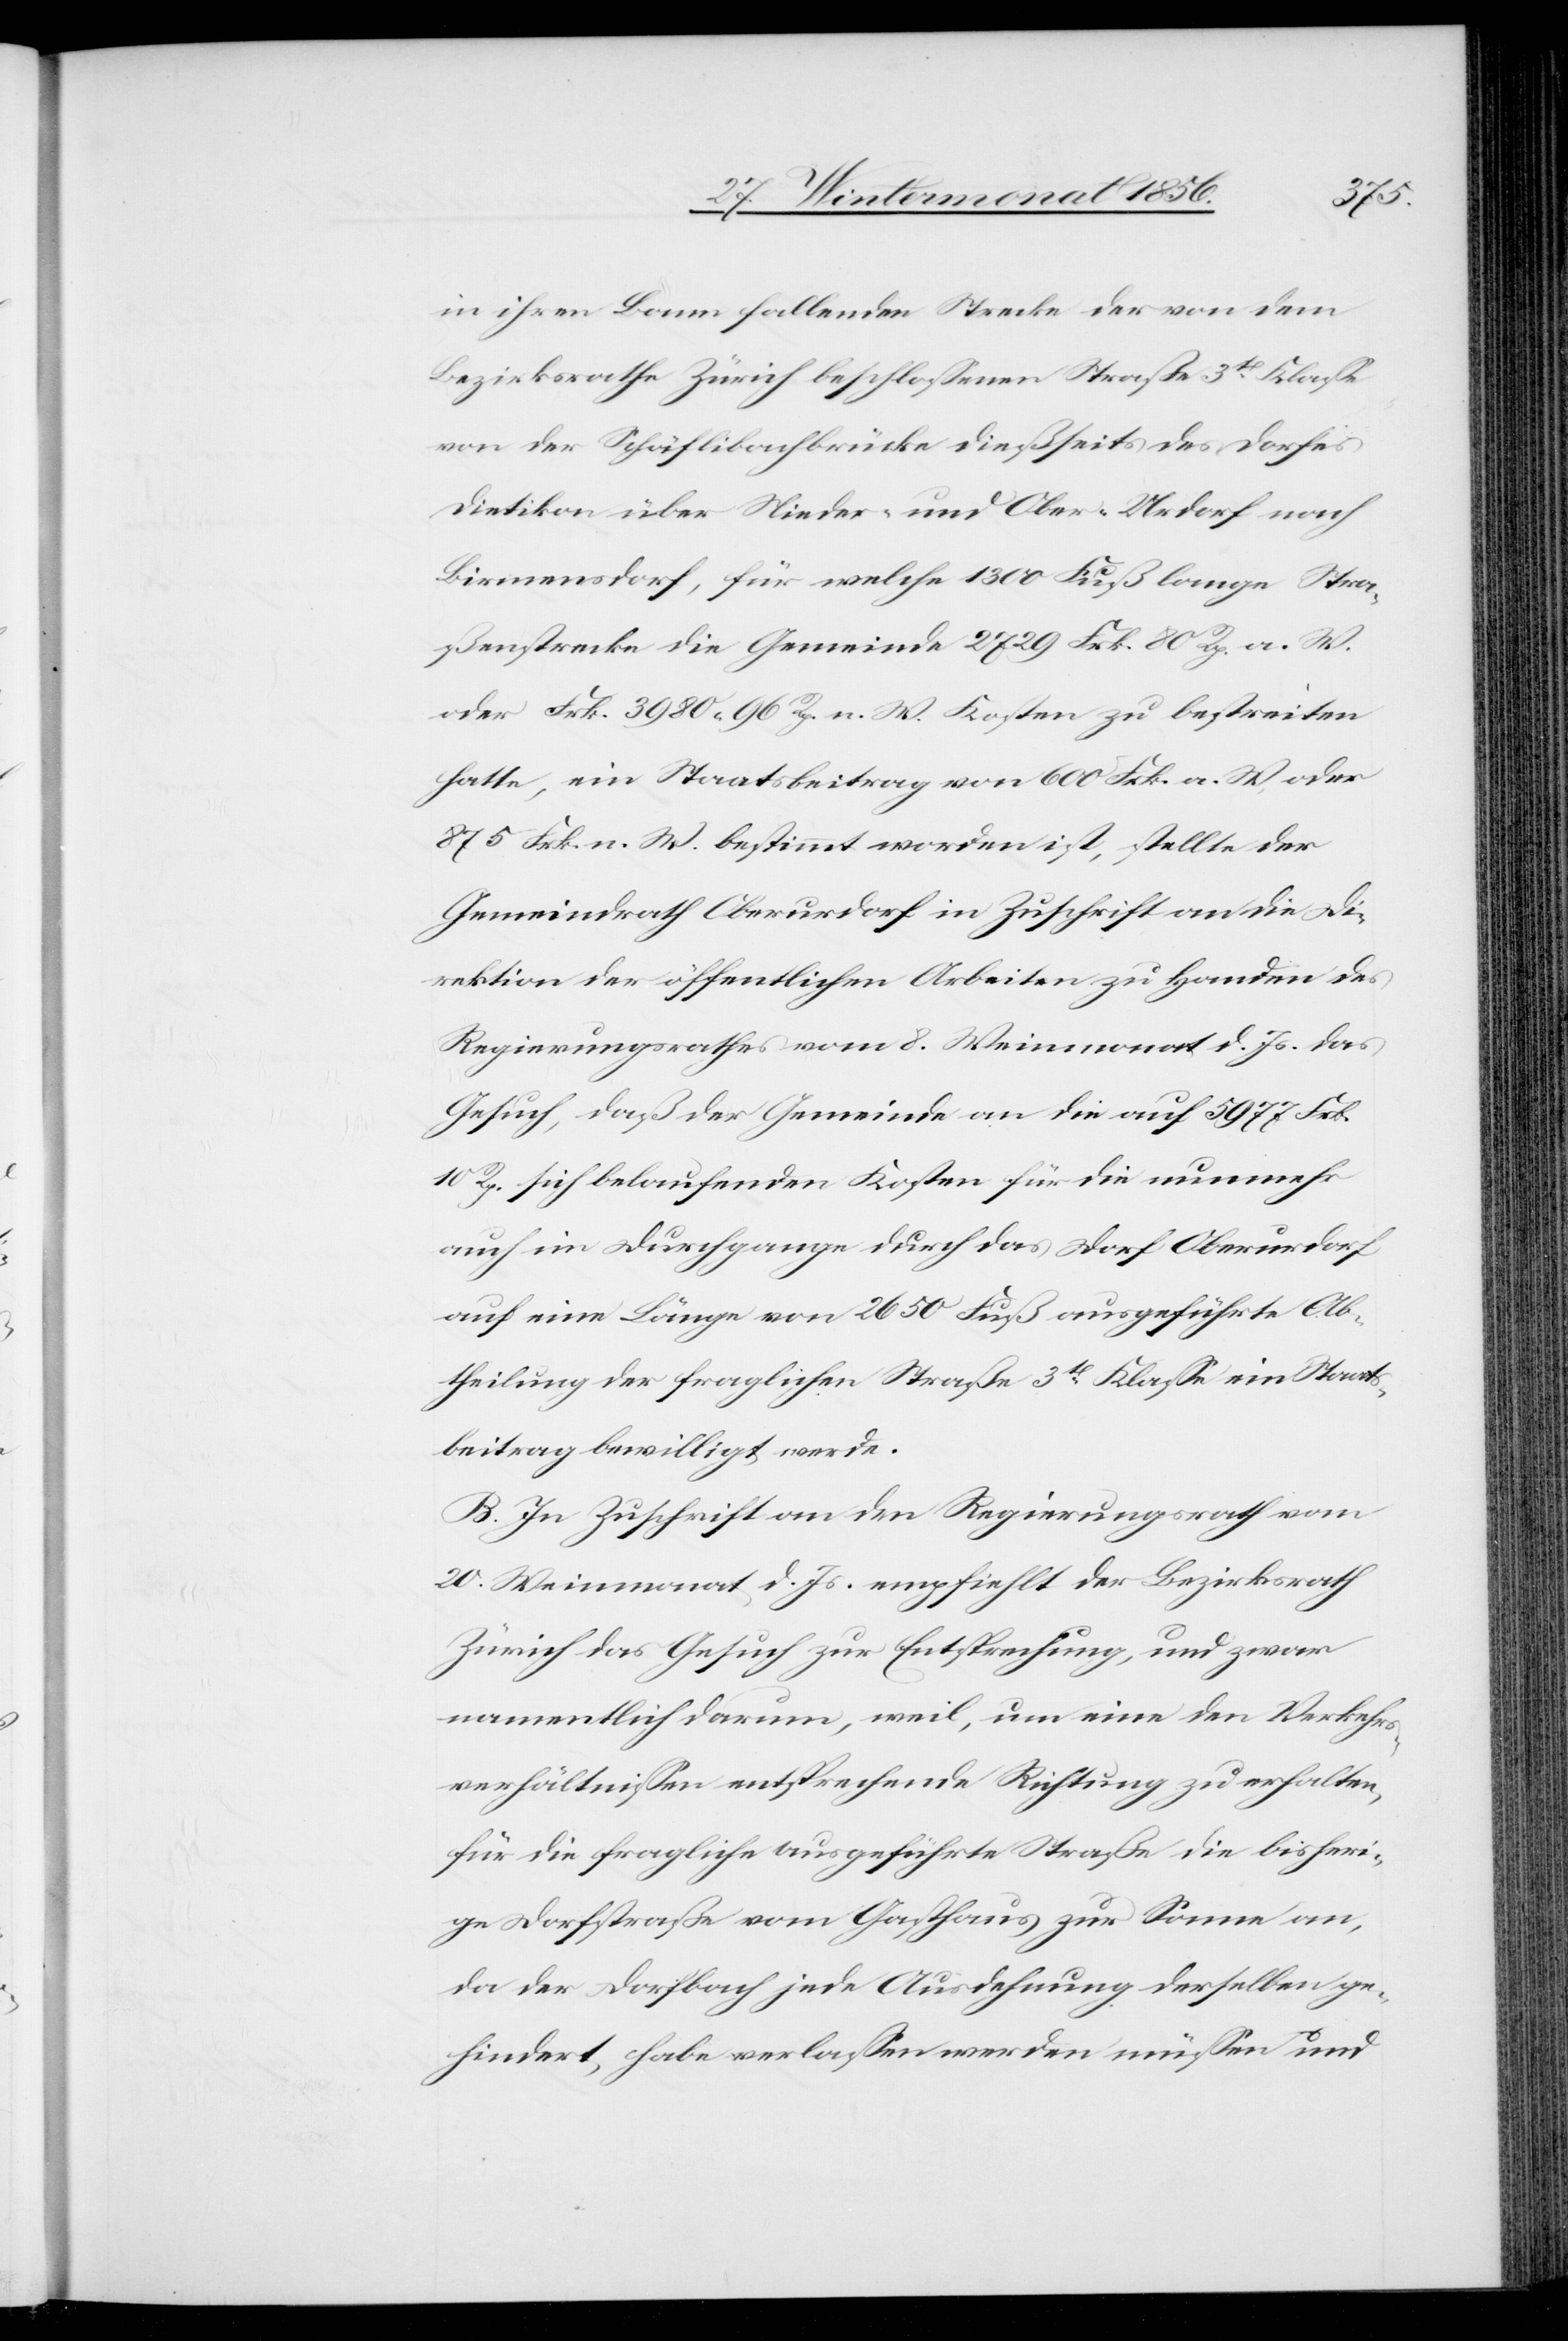
in ihren Bann fallenden Strecke der von dem
Bezirksrathe Zürich beschlossenen Straße 3t Klasse
von der Schäflibachbrücke dießseits des Dorfes
Dietikon über Nieder- und Ober-Urdorf nach
Birmensdorf, für welche 1300 Fuß lange Stra¬
ßenstrecke die Gemeinde 2729 Frk. 80 Rp. a. W.
oder Frk. 3980. 96 Rp. n. W. Kosten zu bestreiten
hatte, ein Staatsbeitrag von 600 Frk. a. W oder
875 Frk. n. W. bestimmt worden ist, stellte der
Gemeindrath Oberurdorf in Zuschrift an die Di¬
rektion der öffentlichen Arbeiten zu Handen des
Regierungsrathes vom 8. Weinmonat d. Js. das
Gesuch, daß der Gemeinde an die auf 5977 Frk.
10 Rp. sich belaufenden Kosten für die nunmehr
auch im Durchgange durch das Dorf Oberurdorf
auf eine Länge von 2650 Fuß ausgeführte Ab¬
theilung der fraglichen Straße 3t Klasse ein Staats¬
beitrag bewilligt werde.
B. In Zuschrift an den Regierungsrath vom
20. Weinmonat d. Js. empfiehlt der Bezirksrath
Zürich das Gesuch zur Entsprechung, und zwar
namentlich darum, weil, um eine den Verkehrs¬
verhältnissen entsprechende Richtung zu erhalten,
für die fragliche ausgeführte Straße die bisheri¬
ge Dorfstraße vom Gasthaus zur Sonne an,
da der Dorfbach jede Ausdehnung derselben ge¬
hindert, habe verlassen werden müssen und